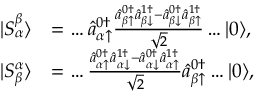
\begin{array} { r l } { | S _ { \alpha } ^ { \beta } \rangle } & { = \dots \hat { a } _ { \alpha \uparrow } ^ { 0 \dagger } \frac { \hat { a } _ { \beta \uparrow } ^ { 0 \dagger } \hat { a } _ { \beta \downarrow } ^ { 1 \dagger } - \hat { a } _ { \beta \downarrow } ^ { 0 \dagger } \hat { a } _ { \beta \uparrow } ^ { 1 \dagger } } { \sqrt { 2 } } \dots | 0 \rangle , } \\ { | S _ { \beta } ^ { \alpha } \rangle } & { = \dots \frac { \hat { a } _ { \alpha \uparrow } ^ { 0 \dagger } \hat { a } _ { \alpha \downarrow } ^ { 1 \dagger } - \hat { a } _ { \alpha \downarrow } ^ { 0 \dagger } \hat { a } _ { \alpha \uparrow } ^ { 1 \dagger } } { \sqrt { 2 } } \hat { a } _ { \beta \uparrow } ^ { 0 \dagger } \dots | 0 \rangle , } \end{array}